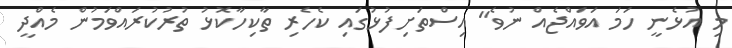
މި އުޅެނީ ހަމަ އަވައްޖެއް ނުވެ" އިސްތަށިފުޅުގައި ކެހެރި ތާކިހާކޮޅު ތުރުކުރައްވަމުން މެއްދީ